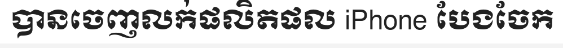
បានចេញលក់ផលិតផល iPhone បែងចែក